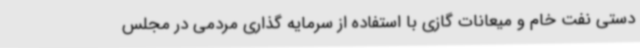
دستی نفت خام و میعانات گازی با استفاده از سرمایه گذاری مردمی در مجلس